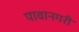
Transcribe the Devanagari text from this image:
पावानगरी